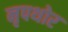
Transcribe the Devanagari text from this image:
नृपथोर